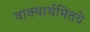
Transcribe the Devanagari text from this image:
वाक्यार्थमितये